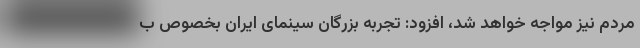
مردم نیز مواجه خواهد شد، افزود: تجربه بزرگان سینمای ایران بخصوص ب